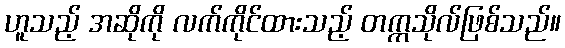
ဟူသည့် အဆိုကို လက်ကိုင်ထားသည့် တက္ကသိုလ်ဖြစ်သည်။